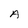
Character: A